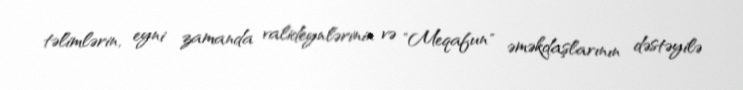
təlimlərin, eyni zamanda valideynlərinin və "Meqafun" əməkdaşlarının dəstəyilə